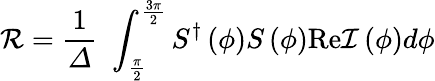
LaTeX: \mathcal{R}=\frac{1}{\varDelta}\, \, \int_{\frac{\pi}{2}}^{\frac{3\pi}{2}}{S^{\dagger}\left(\phi\right)S\left(\phi\right)\mathrm{Re}\mathcal{I}\left(\phi\right)d\phi}